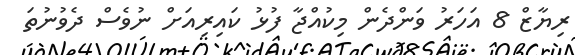
ރިޔާޒް 8 އަހަރު ވަންދެން މިކުއްޖާ ފުޅު ކައިރިއަށް ނުވެސް ދެވުނުތަ